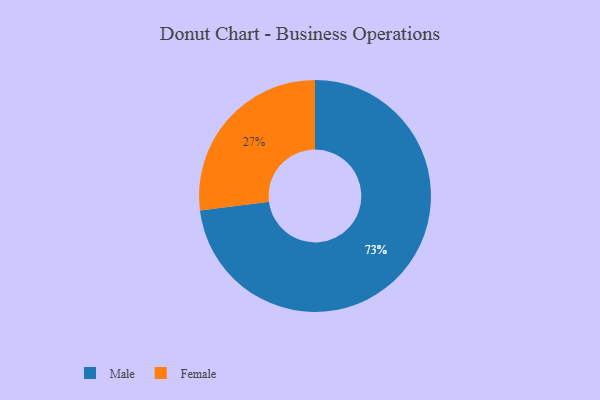
{"axis": {"x": "Category", "y": "Percentage"}, "legend": ["Female", "Male"], "data": [{"x": "Male", "y": 73, "type": "Male"}, {"x": "Female", "y": 27, "type": "Female"}]}